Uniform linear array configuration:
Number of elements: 16
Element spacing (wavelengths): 1
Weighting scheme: hamming
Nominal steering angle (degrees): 15
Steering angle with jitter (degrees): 16.042
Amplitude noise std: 0.05
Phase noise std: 0.05

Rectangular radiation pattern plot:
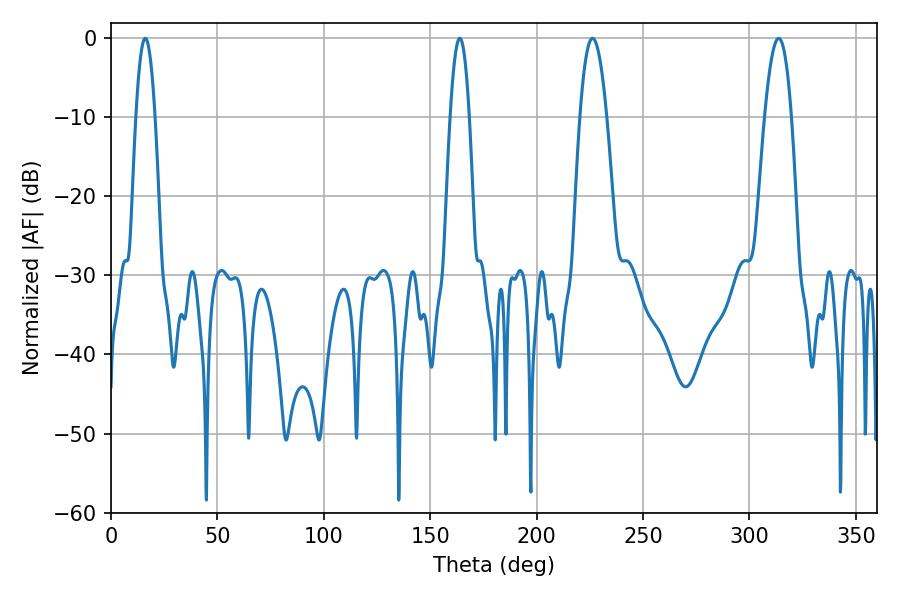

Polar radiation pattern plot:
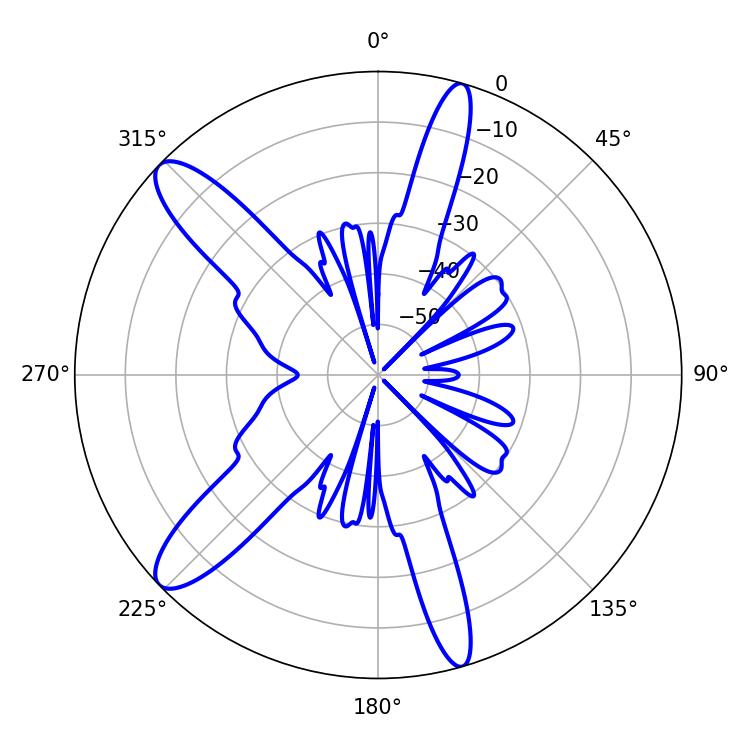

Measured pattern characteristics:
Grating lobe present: TRUE
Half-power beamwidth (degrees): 7.02
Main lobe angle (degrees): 226.26